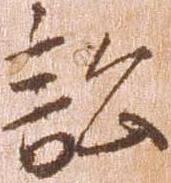
訟